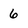
Character: 6